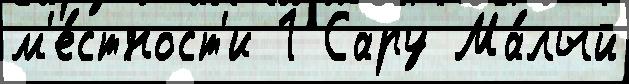
м'е́стност'и 1 Сару Ма́лый